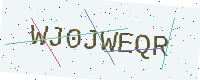
Text: WJ0JWEQR